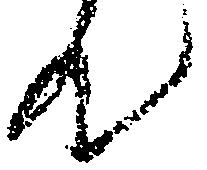
て